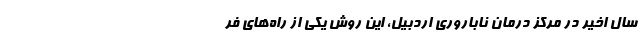
سال اخیر در مرکز درمان ناباروری اردبیل، این روش یکی از راه‌های فر